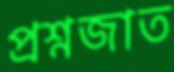
প্রশ্নজাত